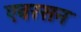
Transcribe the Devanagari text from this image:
एबरसन